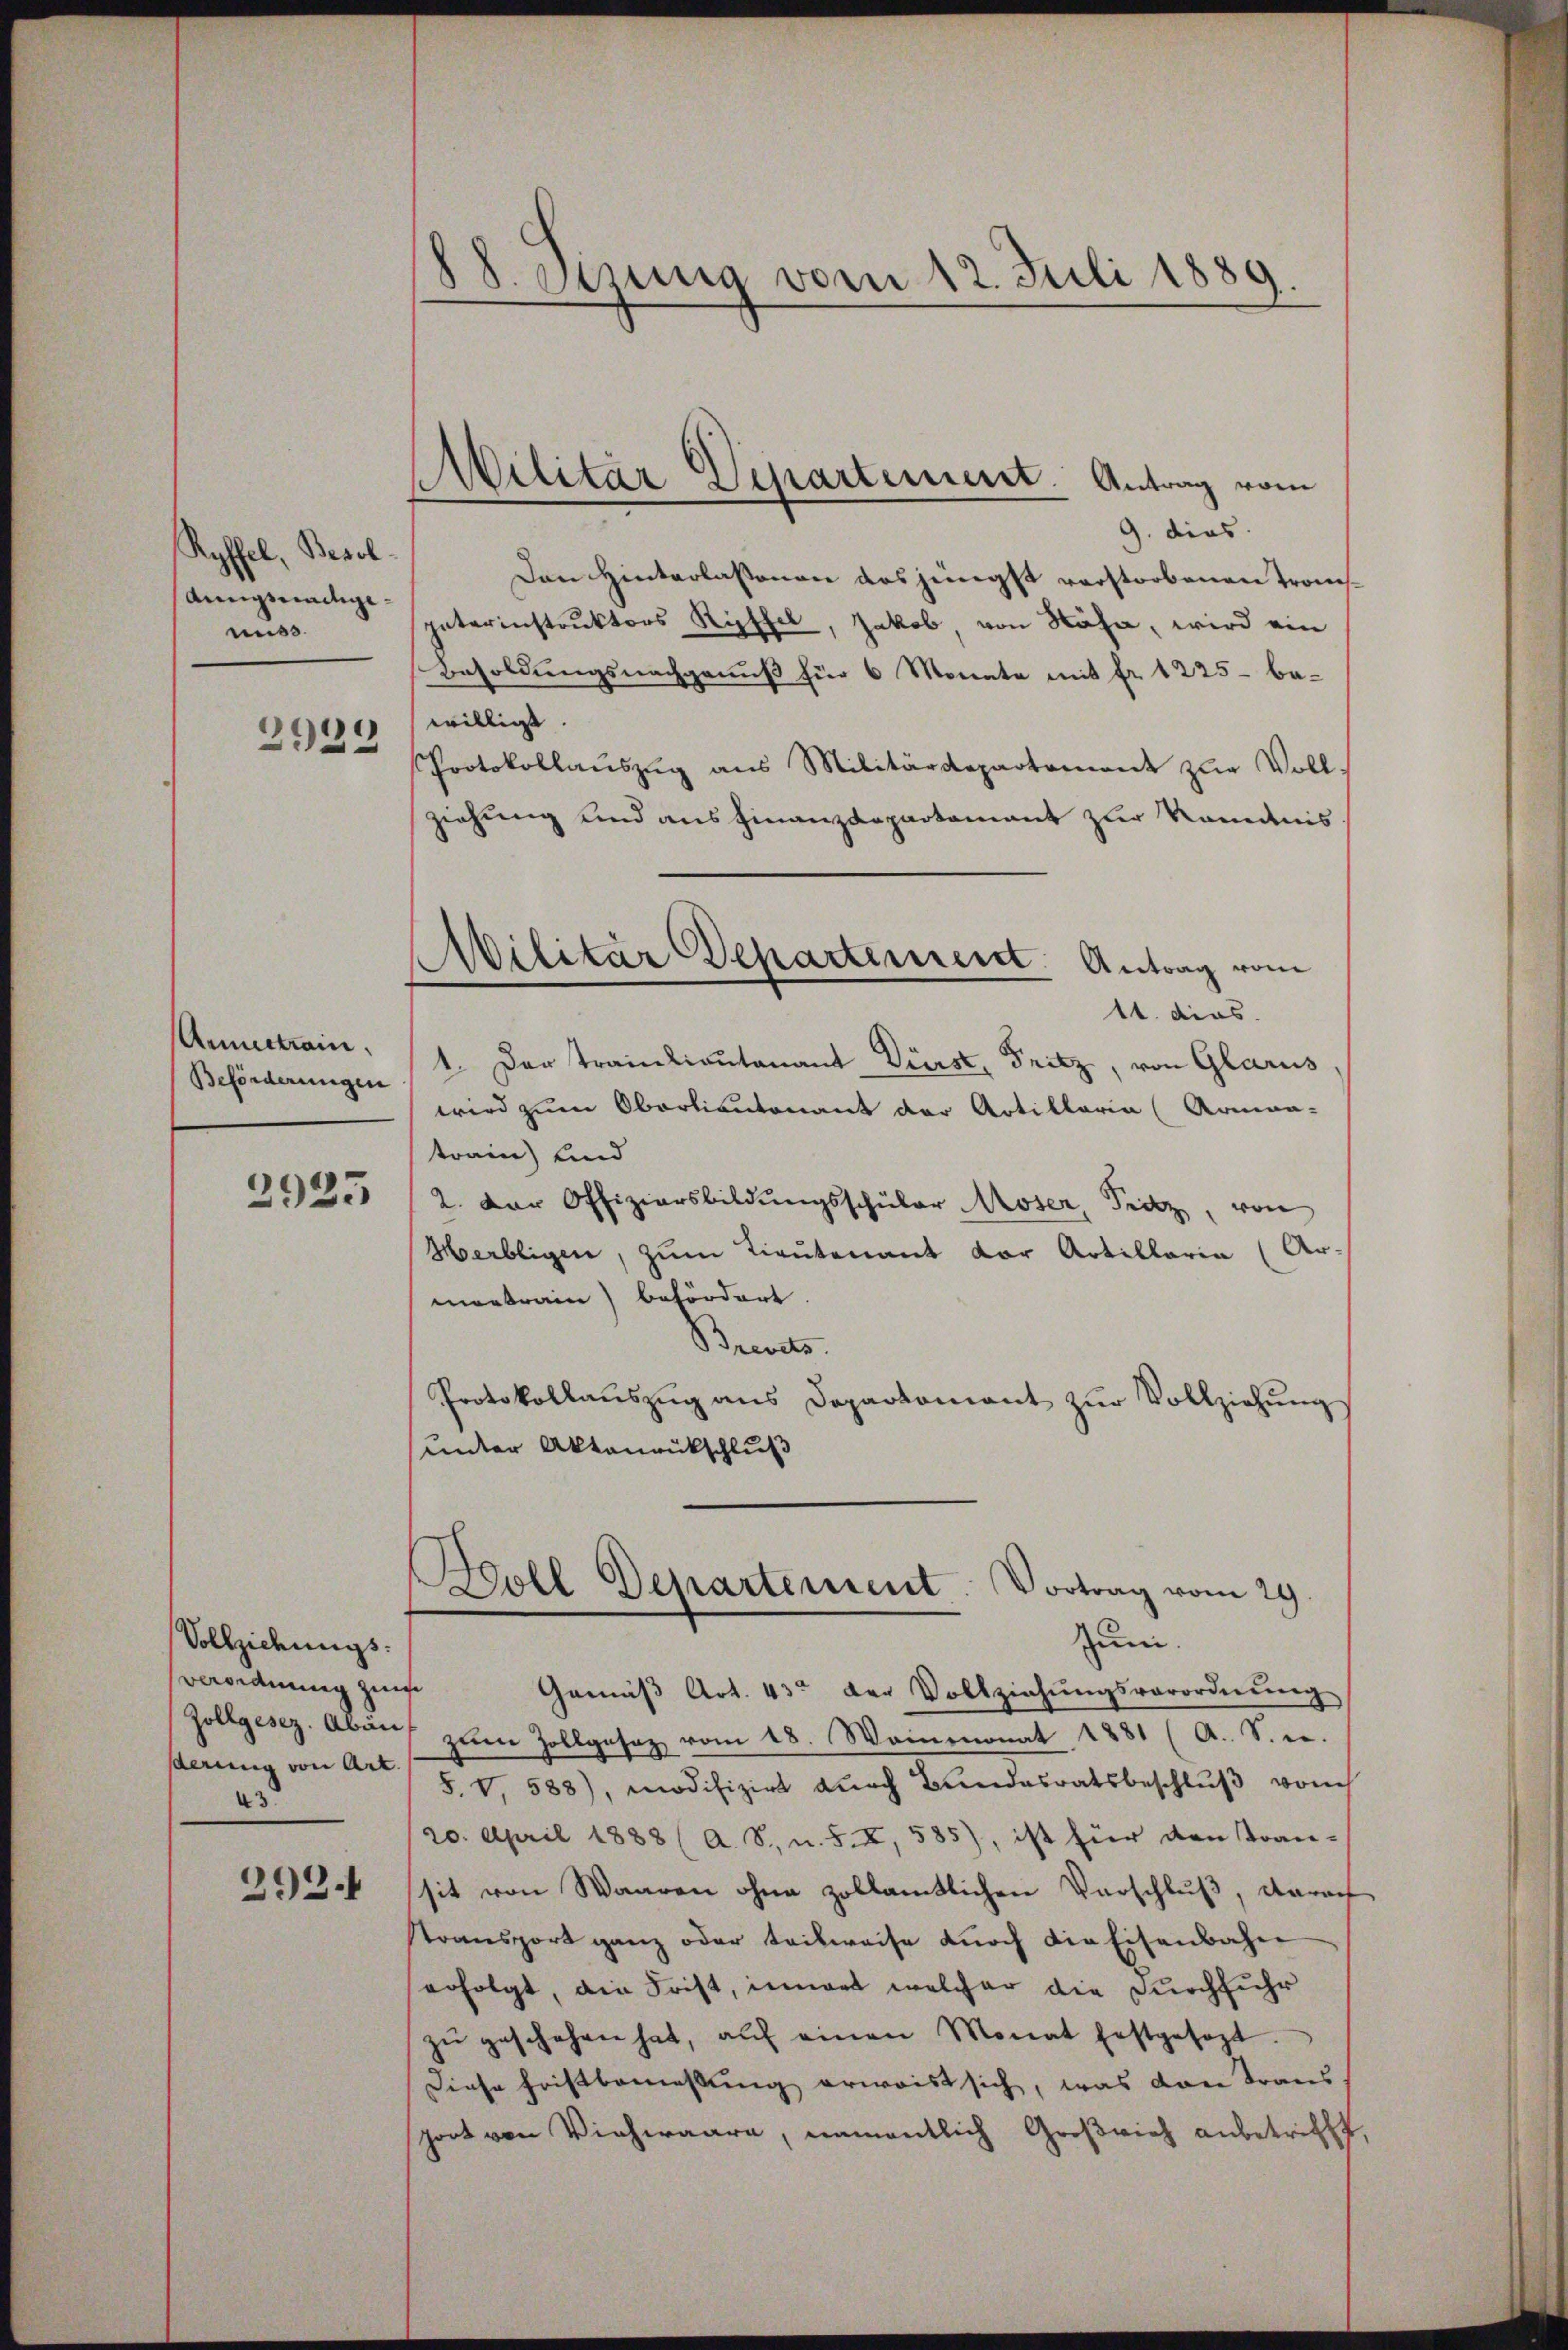
Ryffel, Besol
Anngsnachgemuss.
2929

Annertrain.
Beförderungen

2925

Vollziehungs¬
Verordnung zum
serung von Art.
43

292.

88. Stuung vom 12. Juli 1889
.

MMilitär Departement. Antrag vom

9. dies
Den Hinterlaßenen das jüngst verstorbenen Tromspaterinstruktors Ryffel, Jakob, von Nähe, wird ein
Besoldungsnachgenuß für 6 Monate mit fr. 1225 - bewilligt.
Protokollaŭszŭg ans Militärdepartament zŭr Voll-
ziehung und aus Finanzdepartement zur Komanis
11. dies.
1. Der Trainliautenant Dürst, Fritz, von Glarus,
wird zum Oberliantonant der Artillaria (Armaa-
train) und
2. Der Offiziersbildŭngsschüler Moser, Pritz, von
Merbligen, zum Lieutenant vor Artillaria (Ar-
montrain befördert.
Brevets.
Protokollauszug aus Departomant zŭr Vollziehung
unter Aktenrückschluß

Militar Departement. Antrag vom

Boll Departement. Vortrag vom 29.
Zum.

Gemäβ Art. 43 der Vollziehŭngsverordnŭng
Zollgesez. Abäŭf zŭm Zollgasaz vom 18. Wainmonat 1881 (A. S. u.
S. § 588), modifizirt durch Bundesratsbeschlŭβ von
20. April 1888 (A. S. u. S. X, 585), ist für den Tran-
sit von Waaren ohne zollamtlichen Verschluß, darauf
stonsport ganz oder teilweise durch die Eisenbahn
erfolgt, die Frist, innert welcher die Durchfuhr
zŭ geschehen hat, aŭf einen Monat festgesezt.
Diese Fristbemessung erwaist sich, was dann Trans
port von Viehwaare, namentlich Großrich anbetrifft,